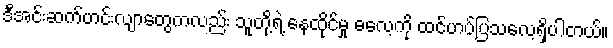
ဒီအင်းဆက်ဟင်းလျာတွေကလည်း သူတို့ရဲ့ နေထိုင်မှု ဓလေ့ကို ထင်ဟပ်ပြသလေ့ရှိပါတယ်။